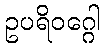
ဥပရိဝဂ္ဂေါ